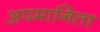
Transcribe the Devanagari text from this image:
अपमानिता